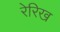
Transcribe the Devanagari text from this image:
रेरिख